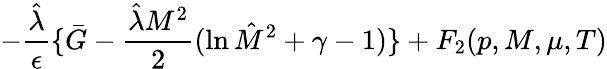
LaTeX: -{\frac{\hat{\lambda}}{\epsilon}}\{ \bar{G}-{\frac{{\hat{\lambda}}M^{2}}{2}}(\ln{\hat{M}}^{2}+\gamma-1)\} +F_{2}{(p,M,\mu,T)}